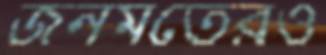
জনমতেরও